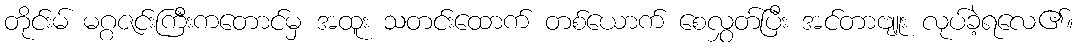
တိုင်းမ် မဂ္ဂဇင်းကြီးကတောင်မှ အထူး သတင်းထောက် တစ်ယောက် စေလွှတ်ပြီး အင်တာဗျူး လုပ်ခဲ့ရလေ၏။